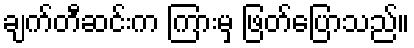
ချက်တီဆင်းက ကြားမှ ဖြတ်ပြောသည်။